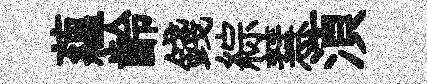
藴齡錢綜慧湏